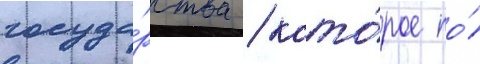
госуда́рства / кото́рое по́